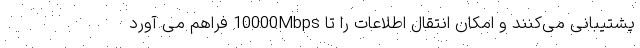
پشتیبانی می‌کنند و امکان انتقال اطلاعات را تا 10000Mbps فراهم می آورد